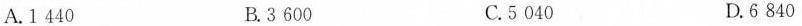
A.1440 B.3600 C.5040 D.6840